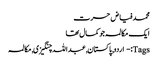
محمد فیاض حسرت
ایک مکالمہ جو کمال تھا
Tags:- اردو, پاکستان, عبداللہ چنگیزی, مکالمہ